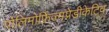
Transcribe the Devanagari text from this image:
पोलिमोर्फ़िज्मप्रेडीकेटिव